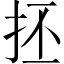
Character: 抷